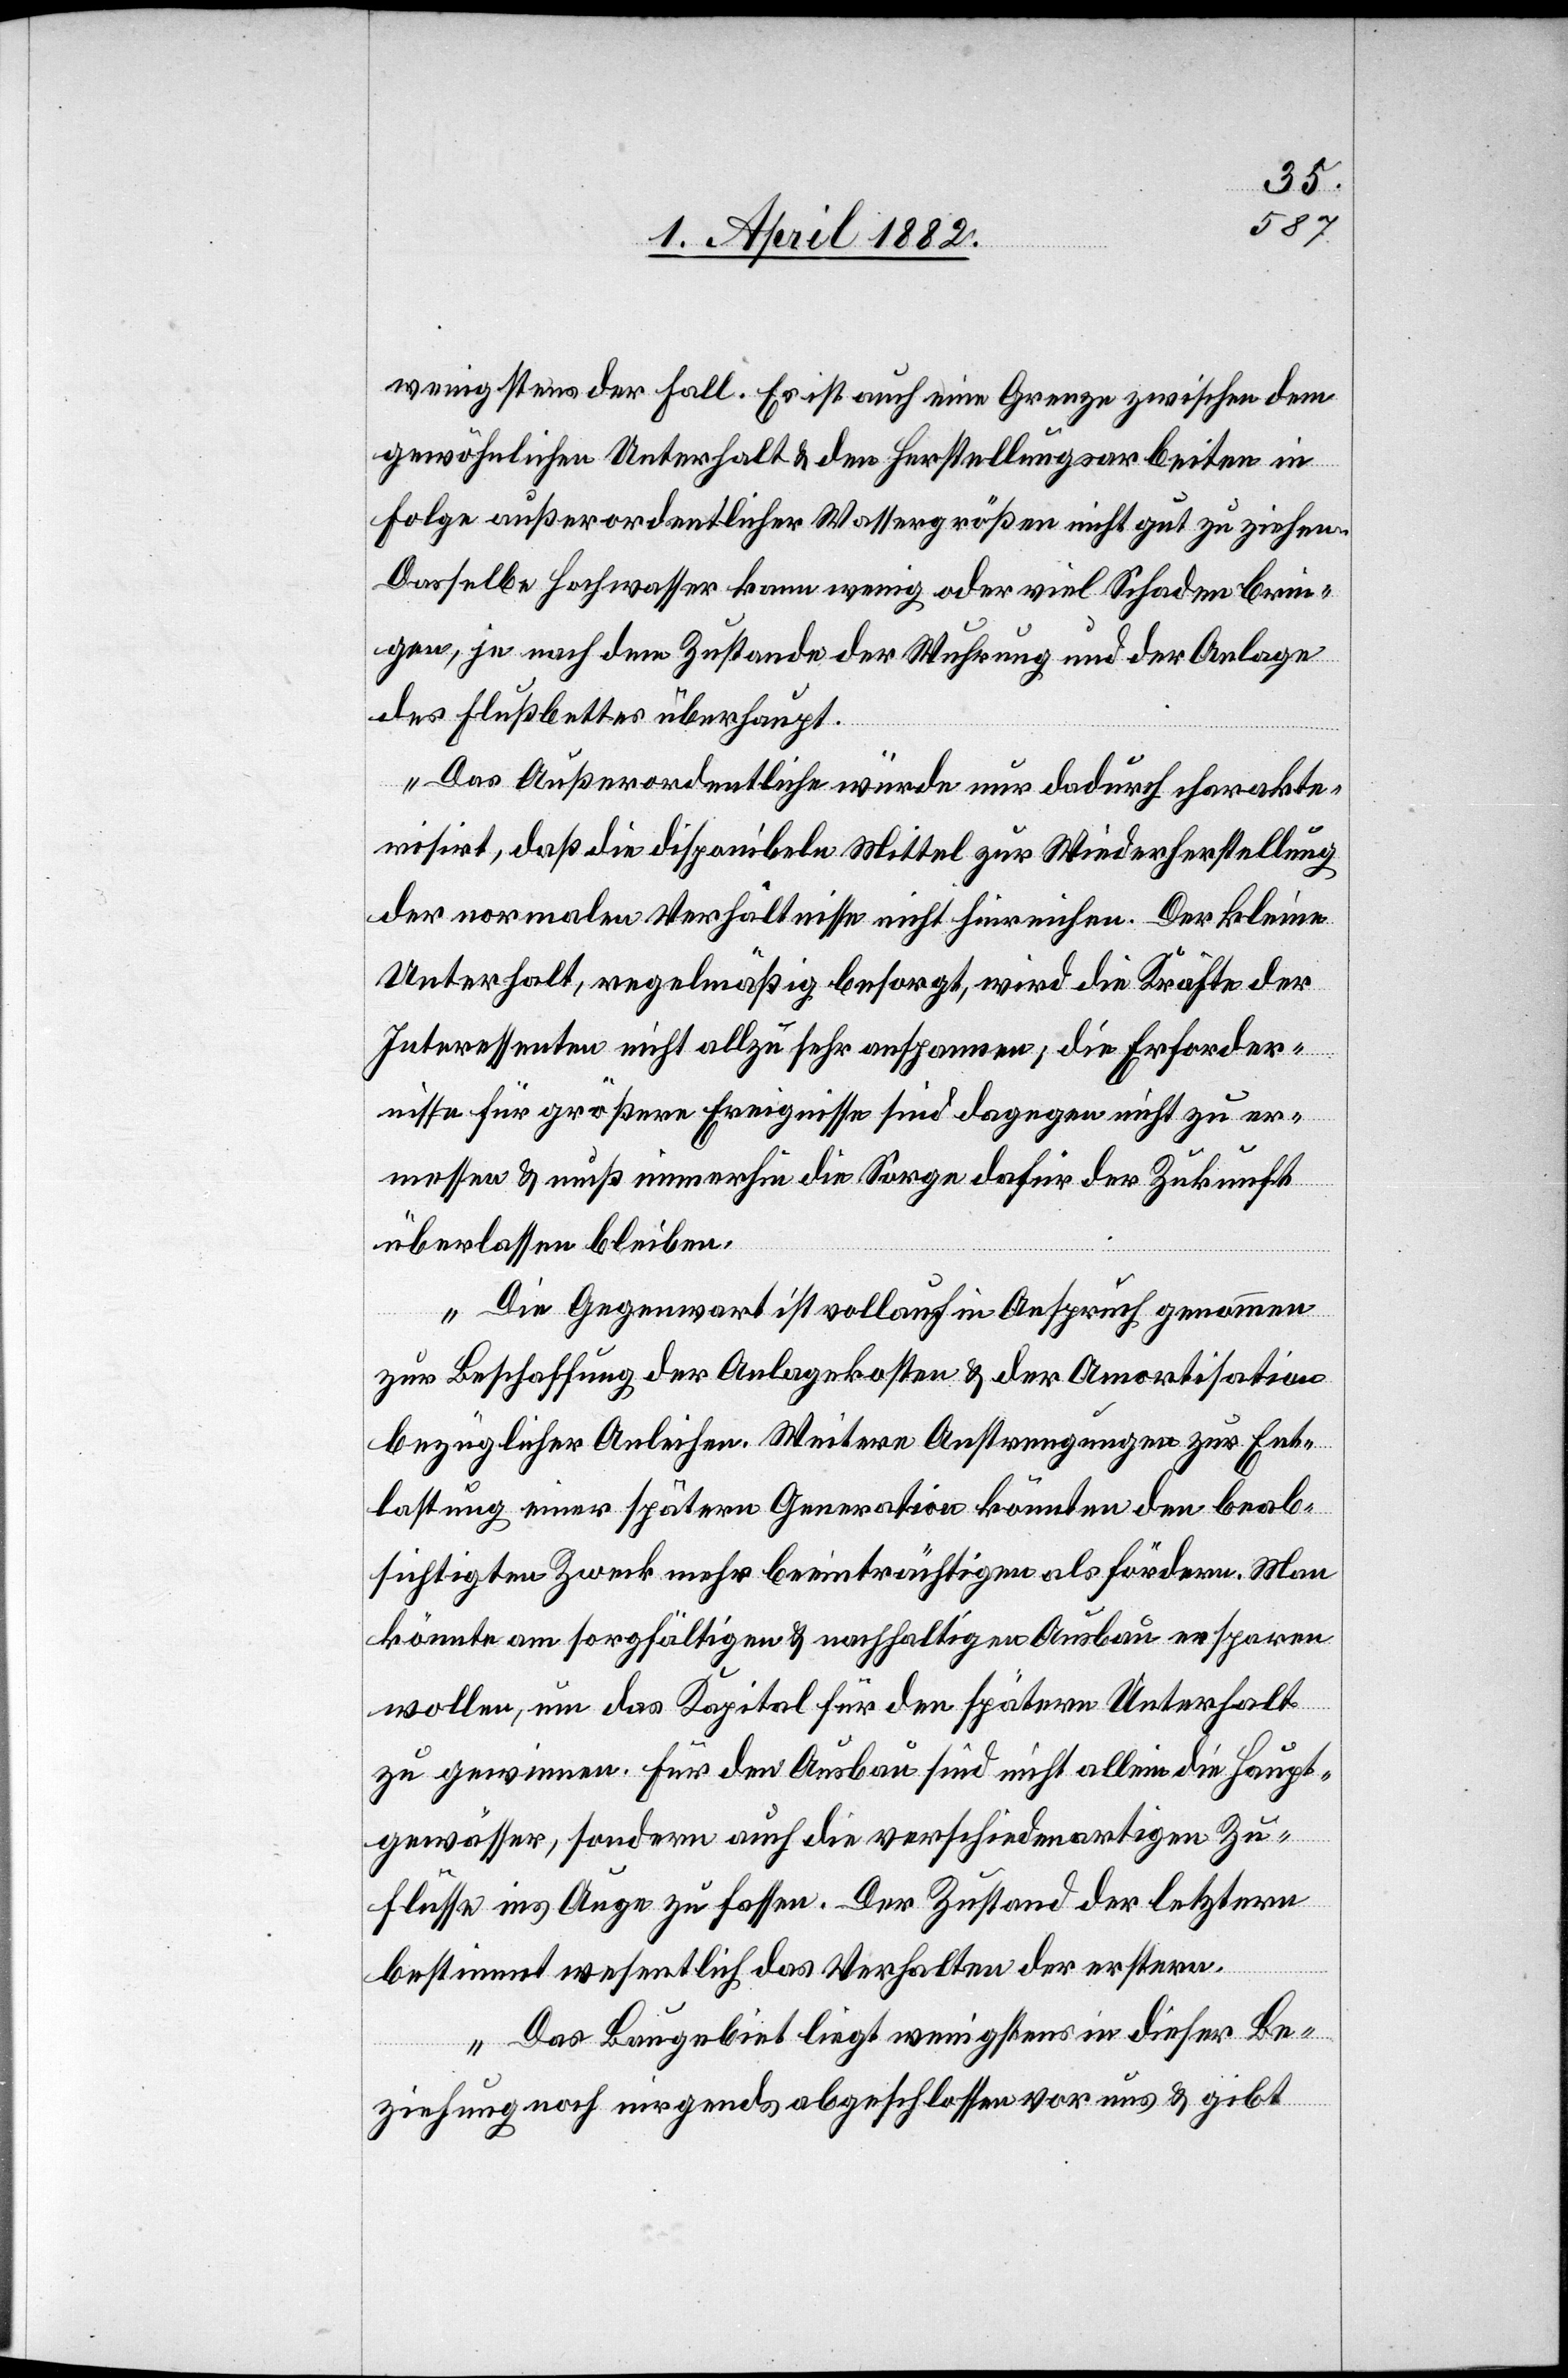
wenigstens der Fall. Es ist auch eine Grenze zwischen dem
gewöhnlichen Unterhalt & den Herstellungsarbeiten in
Folge außerordentlicher Wassergrößen nicht gut zu ziehen.
Dasselbe Hochwasser kann wenig oder viel Schaden brin¬
gen, je nach dem Zustande der Wuhrung und der Anlage
des Flußbettes überhaupt.
Das Außerordentliche würde nur dadurch charakte¬
risirt, daß die disponibeln Mittel zur Wiederherstellung
der normalen Verhältnisse nicht hinreichen. Der kleine
Unterhalt, regelmäßig besorgt, wird die Kräfte der
Interessenten nicht allzu sehr anspannen; die Erforder¬
nisse für größere Ereignisse sind dagegen nicht zu er¬
messen & muß immerhin die Sorge dafür der Zukunft
überlassen bleiben.
Die Gegenwart ist vollauf in Anspruch genommen
zur Beschaffung der Anlagekosten & der Amortisation
bezüglicher Anleihen. Weitere Anstrengungen zur Ent¬
lastung einer spätern Generation könnten den beab¬
sichtigten Zweck mehr beeinträchtigen als fördern. Man
könnte am sorgfältigen & nachhaltigen Ausbau ersparen
wollen, um das Kapital für den spätern Unterhalt
zu gewinnen. Für den Ausbau sind nicht allein die Haupt¬
gewässer, sondern auch die verschiedenartigen Zu¬
flüsse ins Auge zu fassen. Der Zustand der letztern
bestimmt wesentlich das Verhalten der erstern.
Das Baugebiet liegt wenigstens in dieser Be¬
ziehung noch nirgends abgeschlossen vor uns & gibt